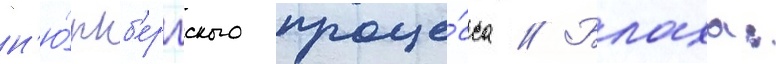
н'ю́рнб'ергского проце́сса // Блаха: